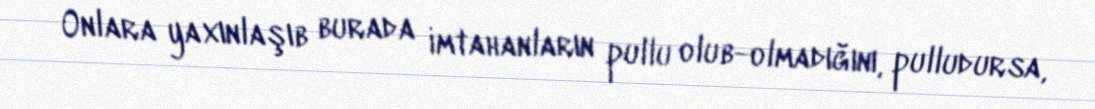
Onlara yaxınlaşıb burada imtahanların pullu olub-olmadığını, pulludursa,